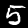
Digit: 5